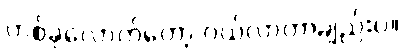
တစ်ခုလောက်တော့ ဝယ်လာတာချည်းပဲ။